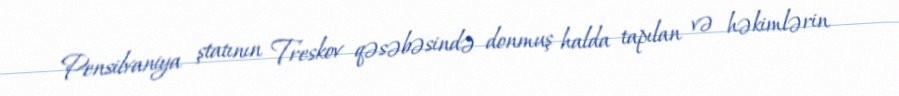
Pensilvaniya ştatının Treskov qəsəbəsində donmuş halda tapılan və həkimlərin